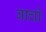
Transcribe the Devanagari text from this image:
बाचो